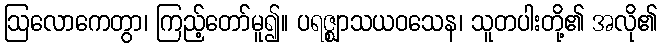
ဩလောကေတွာ၊ ကြည့်တော်မူ၍။ ပရဇ္ဈာသယဝသေန၊ သူတပါးတို့၏ အလို၏